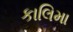
કાલિમા